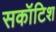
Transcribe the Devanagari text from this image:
सकॉटिश